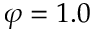
\varphi = 1 . 0